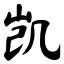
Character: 凯